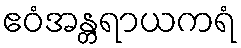
ဧဝံအန္တရာယကရံ